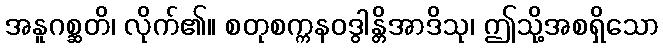
အနူဂစ္ဆတိ၊ လိုက်၏။ စတုစက္ကနဝဒွါန္တိအာဒိသု၊ ဤသို့အစရှိသော